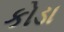
કોડા